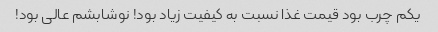
یکم چرب بود قیمت غذا نسبت به کیفیت زیاد بود! نوشابشم عالی بود!